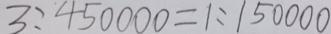
3 : 4 5 0 0 0 0 = 1 : 1 5 0 0 0 0